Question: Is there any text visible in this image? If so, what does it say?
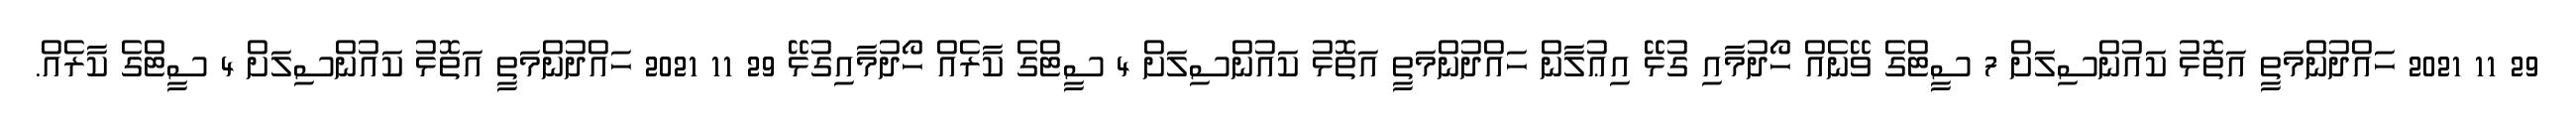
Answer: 29 11 2021 ހައްދުންމަތީ އަތޮޅު ކައުންސިލަށް 7 ސީޓްގެ ވޭނެއް ހޯދުމާއި ގުޅޭ އިޢުލާން ހައްދުންމަތީ އަތޮޅު ކައުންސިލަށް 4 ސީޓްގެ ކާރެއް ހޯދުމާއިގުޅޭ 29 11 2021 ހައްދުންމަތީ އަތޮޅު ކައުންސިލަށް 4 ސީޓްގެ ކާރެއް.